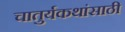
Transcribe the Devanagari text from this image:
चातुर्यकथांसाठी